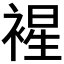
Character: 𧛟